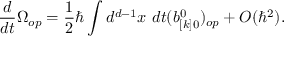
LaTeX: { \frac { d } { d t } } \Omega _ { o p } = { \frac { 1 } { 2 } } \hbar \int d ^ { d - 1 } x \ d t ( b _ { [ k ] 0 } ^ { 0 } ) _ { o p } + O ( \hbar ^ { 2 } ) .